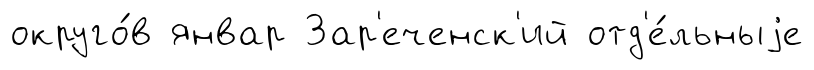
округо́в январ Зар'еченск'ий отд'е́льныjе